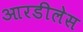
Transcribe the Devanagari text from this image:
आरडीलेस